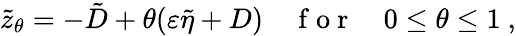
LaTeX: \tilde{z}_{\theta}=-\tilde{D}+\theta(\varepsilon\tilde{\eta}+D)\quad\mathrm{~f~o~r~}\quad 0\leq\theta\leq 1\ ,